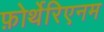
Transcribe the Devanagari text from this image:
फ़ोर्थेरिएनम